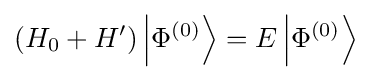
({{H}_{0}}+H')\left|{{\Phi }^{(0)}}\right\rangle =E\left|{{\Phi }^{(0)}}\right\rangle